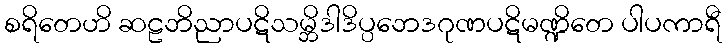
စရိတေဟိ ဆဠဘိညာပဋိသမ္ဘိဒါဒိပ္ပဘေဒဂုဏပဋိမဏ္ဍိတေ ပါပကာရီ